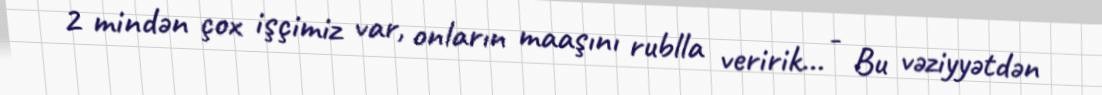
2 mindən çox işçimiz var, onların maaşını rublla veririk... - Bu vəziyyətdən